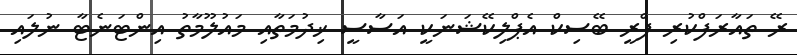
ރޭ ތައާރަފްކުރި ފްރީ ބޭސިކް އެޕްލިކޭޝަނަކީ އަސާސީ ޚިދުމަތާއި މައުލޫމާތު އިންޓަނެޓާ ނުލައި